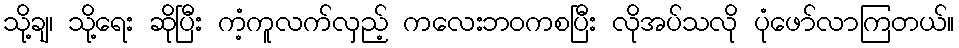
သို့ချ၊ သို့ရေး ဆိုပြီး ကံ့ကူလက်လှည့် ကလေးဘဝကစပြီး လိုအပ်သလို ပုံဖော်လာကြတယ်။